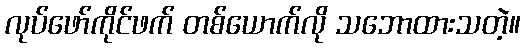
လုပ်ဖော်ကိုင်ဖက် တစ်ယောက်လို သဘောထားသတဲ့။